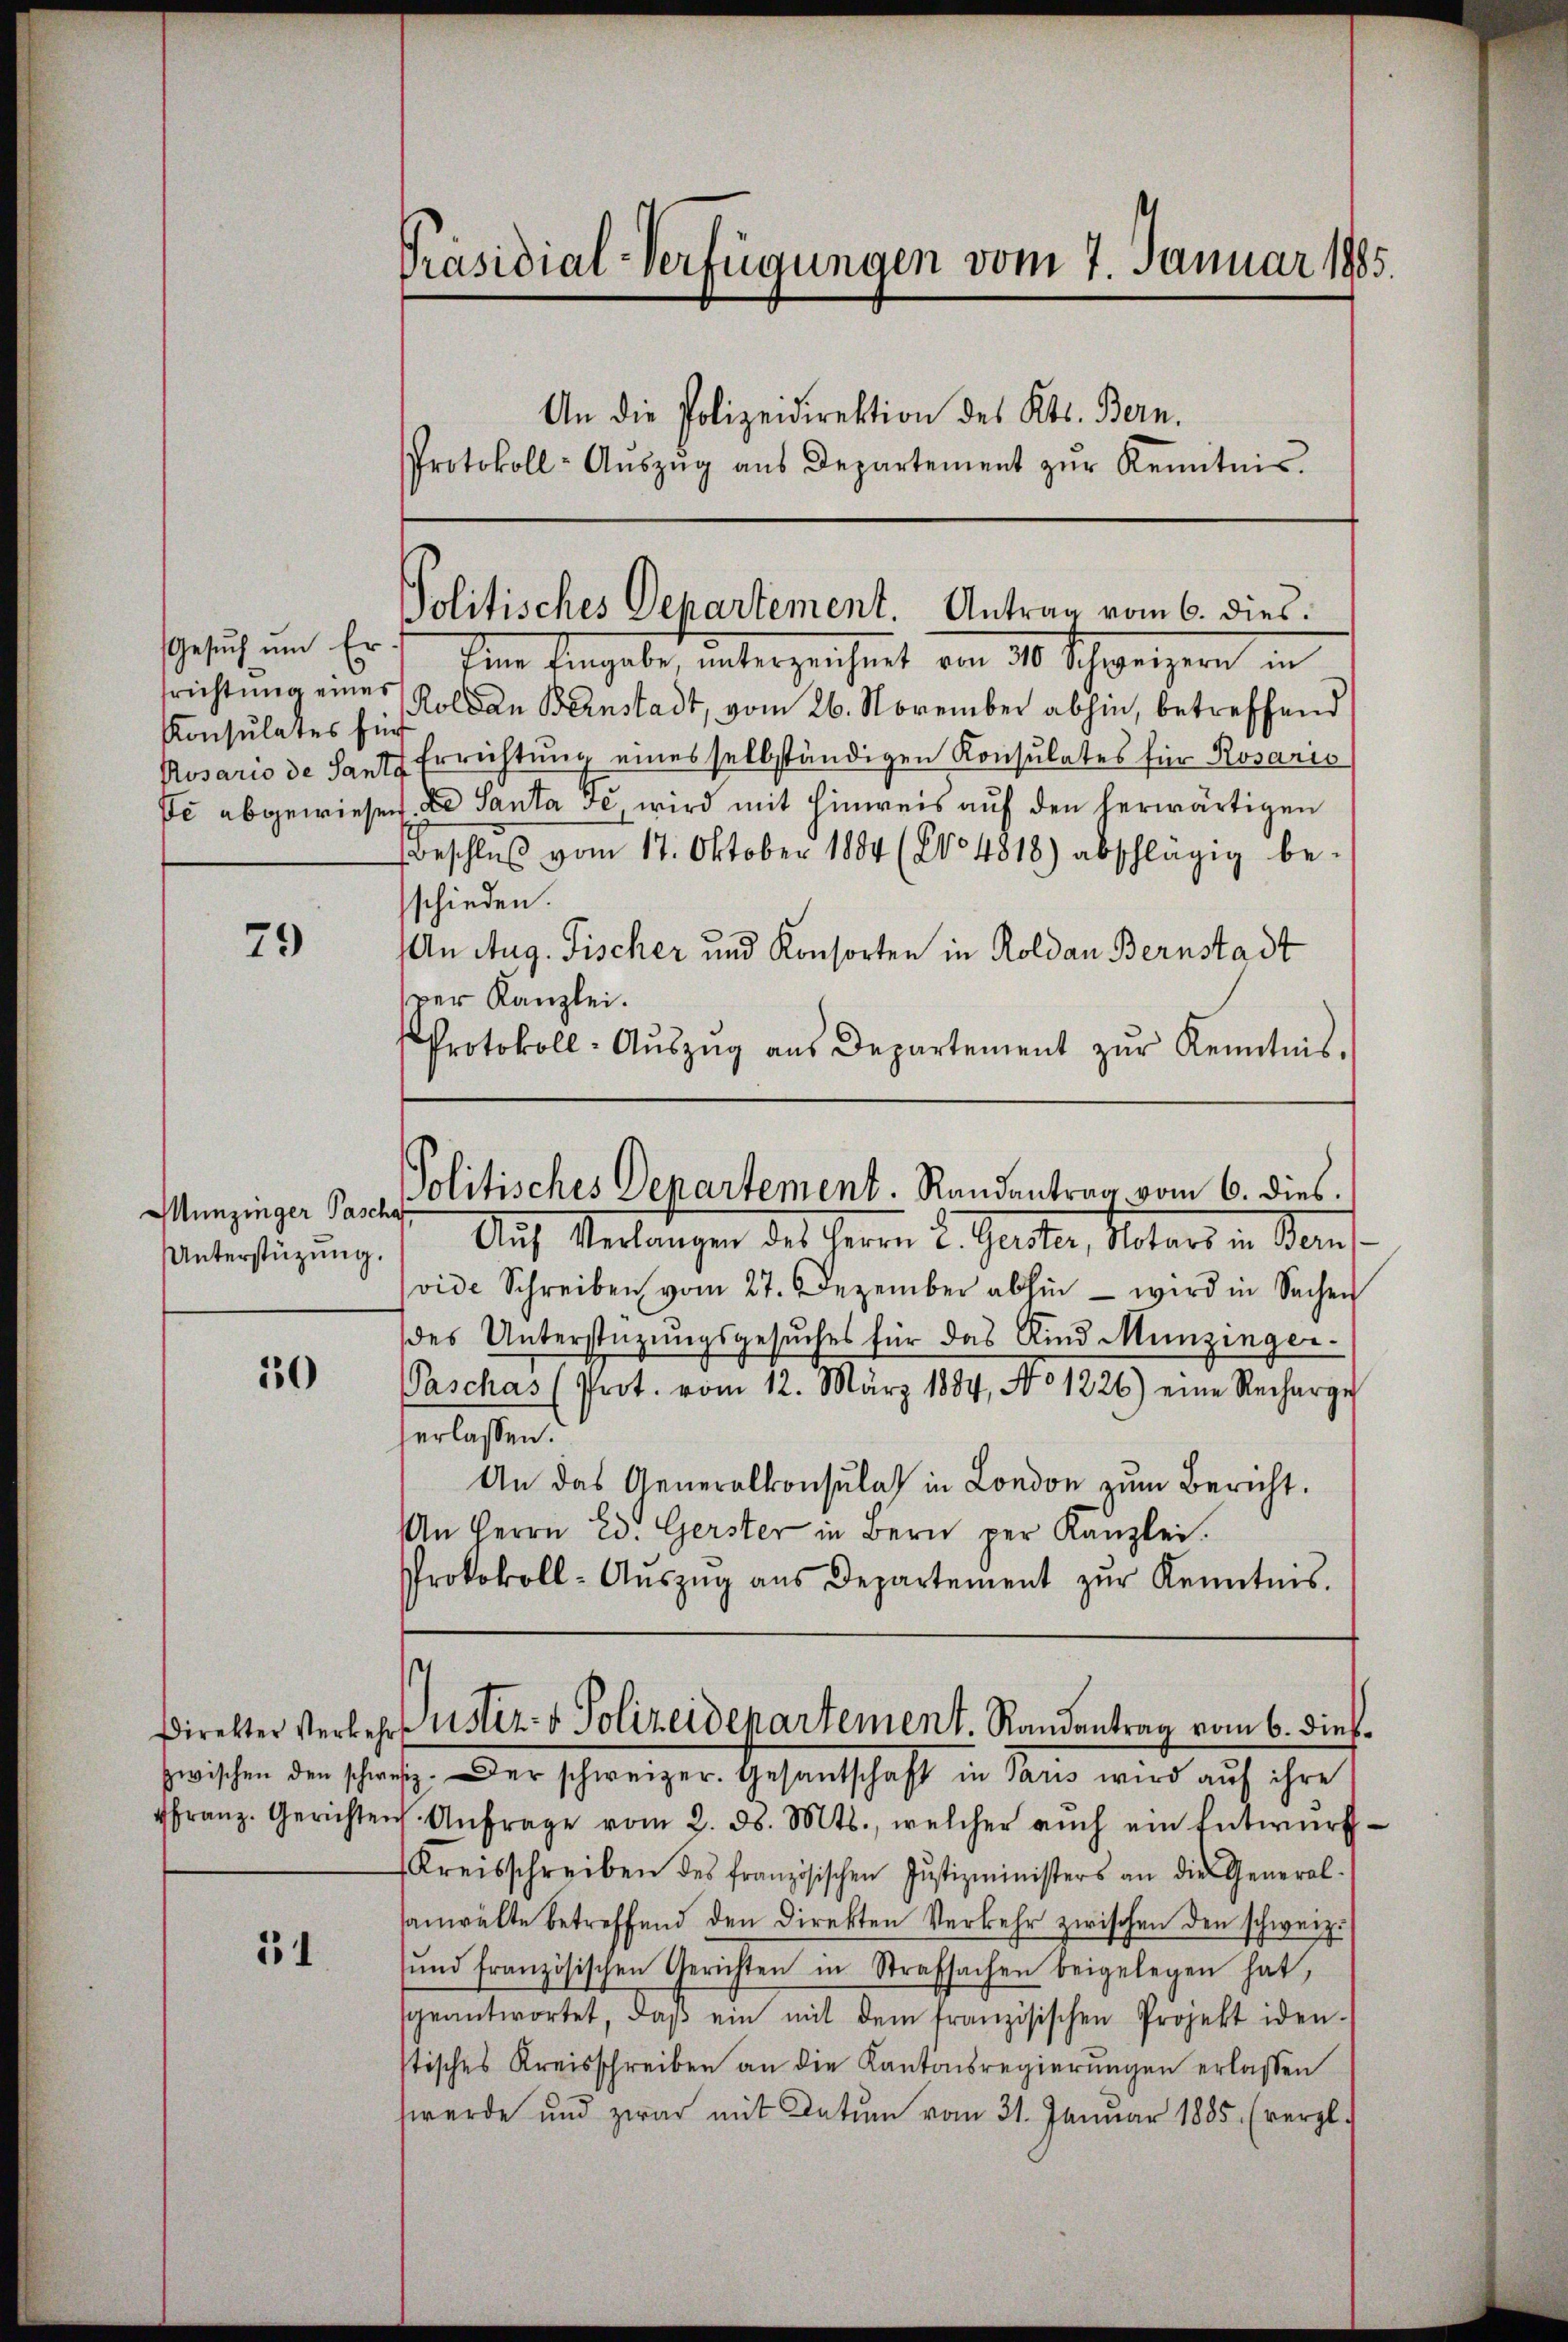
Konsulates für

79

Unterstüzung.

50

51

Präsidial-Verfügungen vom 7. Januar 1905.
An die Polizeidirektion des Kts. Bern.
Protokoll-Aŭszŭg aŭs Departement zŭr Kenntnis.

gesuch und Erf Eine Eingabe, unterzeichnet vom 30. Schweizern in
srichtung einer Kolsan Bernstadt, vom 26. November abhin, betreffend
Rosario de Santz Errichtung eines selbständigen Konsulates für Rosaris
Je abgewiesen. De Santa se wird mit Einweis auf den herwärtigen
Beschluß vom 17. Oktober 1804 (204818) abschlägig be-
schieden.
An Aug. Fischer und Konsorten in Roldan Bernstadt
ver Kanzlei.
Protokoll- Aŭszŭg aŭs Departement zŭr Kenntnis.

Auf Verlangen des Herrn L. Gester, Notars in dem
vide Schreiben vom 27. Dezember abhin - wird in Sachen
des Unterstüzungsgesuches für das Kind Munzinger
Paschas (Prot. vom 12. März 1884, No 1226) eine Recharge
verlassen.
An das Generalkonsulat in London zum Bericht.
An Herrn Ed. Gerster in Bern per Kanzlei.
Protokoll-Aŭszŭg aŭs Departement zŭr Kenntnis.

zwischen den schrift. Der schweizer. Gesandtschaft in sans wird auf ihre
franz. Gerichten Anfrage vom 2. ds. Mts., welcher aŭch ein Entwŭrf-
Kreisschreiben des französischen Justizministers an die General-
sanwalte betreffend den Direkten Verkehr zwischen den schweiz.
und französischen Gerichten in Strafsachen beigelegen hat,
geantwortet, daβ ein mit dem französischen Projekt iden-
stisches Kreisschreiben an die Kantonsregierungen erlassen
werde und zwar mit Datum vom 31. Januar 1885. (vergl.

Politisches Departement. Antrag vom 6. dies

Munzinger Par Politisches Departement. Randantrag vom 6. dies.

Direkter Verkehrs uster- & Polizeidepartement. Randantrag vom 6. dieß¬